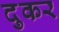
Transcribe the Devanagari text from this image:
दुकर